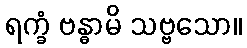
ရက္ခံ ဗန္ဓာမိ သဗ္ဗသော။